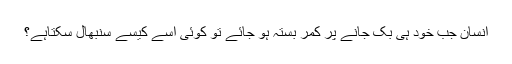
انسان جب خود ہی بک جانے پر کمر بستہ ہو جائے تو کوئی اسے کیسے سنبھال سکتاہے؟